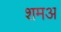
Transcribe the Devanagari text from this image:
शमअ